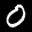
Label: 0